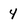
Character: 4